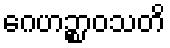
ဂေဟဉ္စာဝသတိ